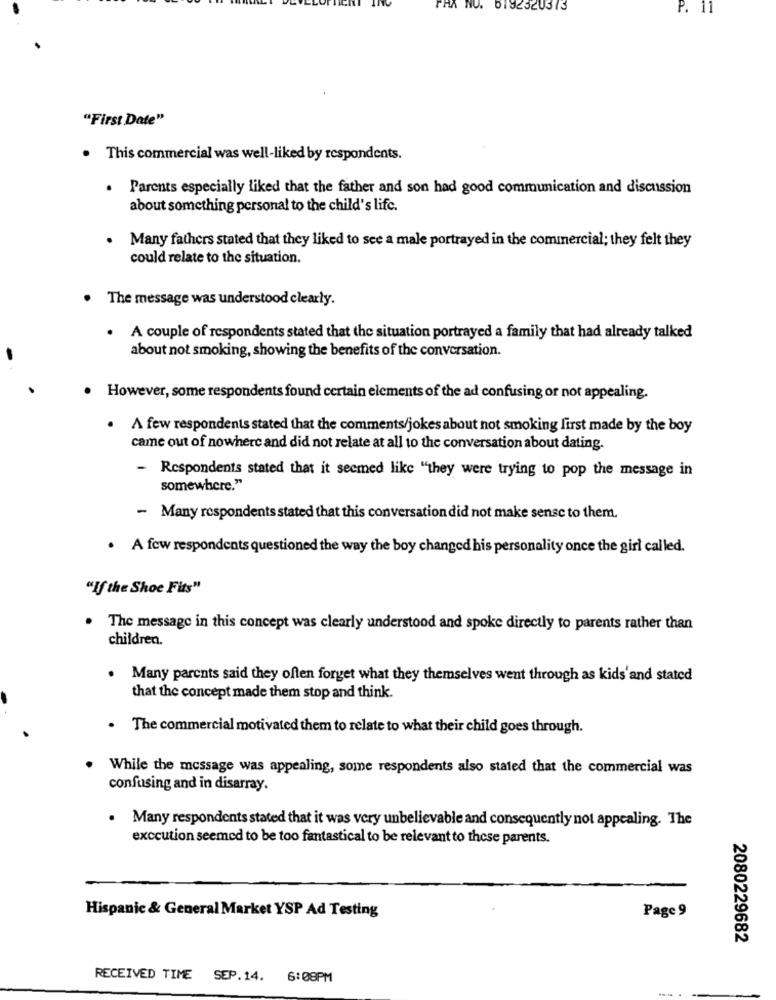
5192320373
P. 11
"First Date"
. This commercial was well-liked by respondents.
. Parents especially liked that the father and son had good communication and discussion
about something personal to the child's life.
. Many fathers stated that they liked to see a male portrayed in the commercial; they felt they
could relate to the situation.
. The message was understood clearly.
.
A couple of respondents stated that the situation portrayed a family that had already talked
about not smoking, showing the benefits of the conversation.
However, some respondents found certain elements of the ad confusing or not appealing.
.
A few respondents stated that the comments/jokes about not smoking first made by the boy
came out of nowhere and did not relate at all to the conversation about dating.
-
Respondents stated that it seemed like "they were trying to pop the message in
somewhere."
- Many respondents stated that this conversation did not make sense to them.
. A few respondents questioned the way the boy changed his personality once the girl called.
"If the Shoe Fits"
The message in this concept was clearly understood and spoke directly to parents rather than
children.
Many parents said they often forget what they themselves went through as kids'and stated
that the concept made them stop and think.
. The commercial motivated them to relate to what their child goes through.
While the message was appealing, some respondents also stated that the commercial was
confusing and in disarray.
. Many respondents stated that it was very unbelievable and consequently not appealing. The
exccution seemed to be too fantastical to be relevant to these parents.
Hispanic & General Market YSP Ad Testing
Page 9
2080229682
RECEIVED TIME SEP.14. 6:08PM